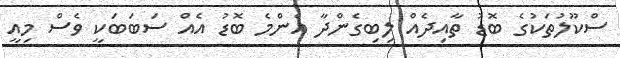
ސްކޫލުތަކުގެ ބޮޑު ތާއިދެއް ލިބިގެންދާ އެންމެ ބޮޑު އެއް ސަބަބަކީ ވެސް މިއީ